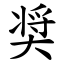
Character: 奨